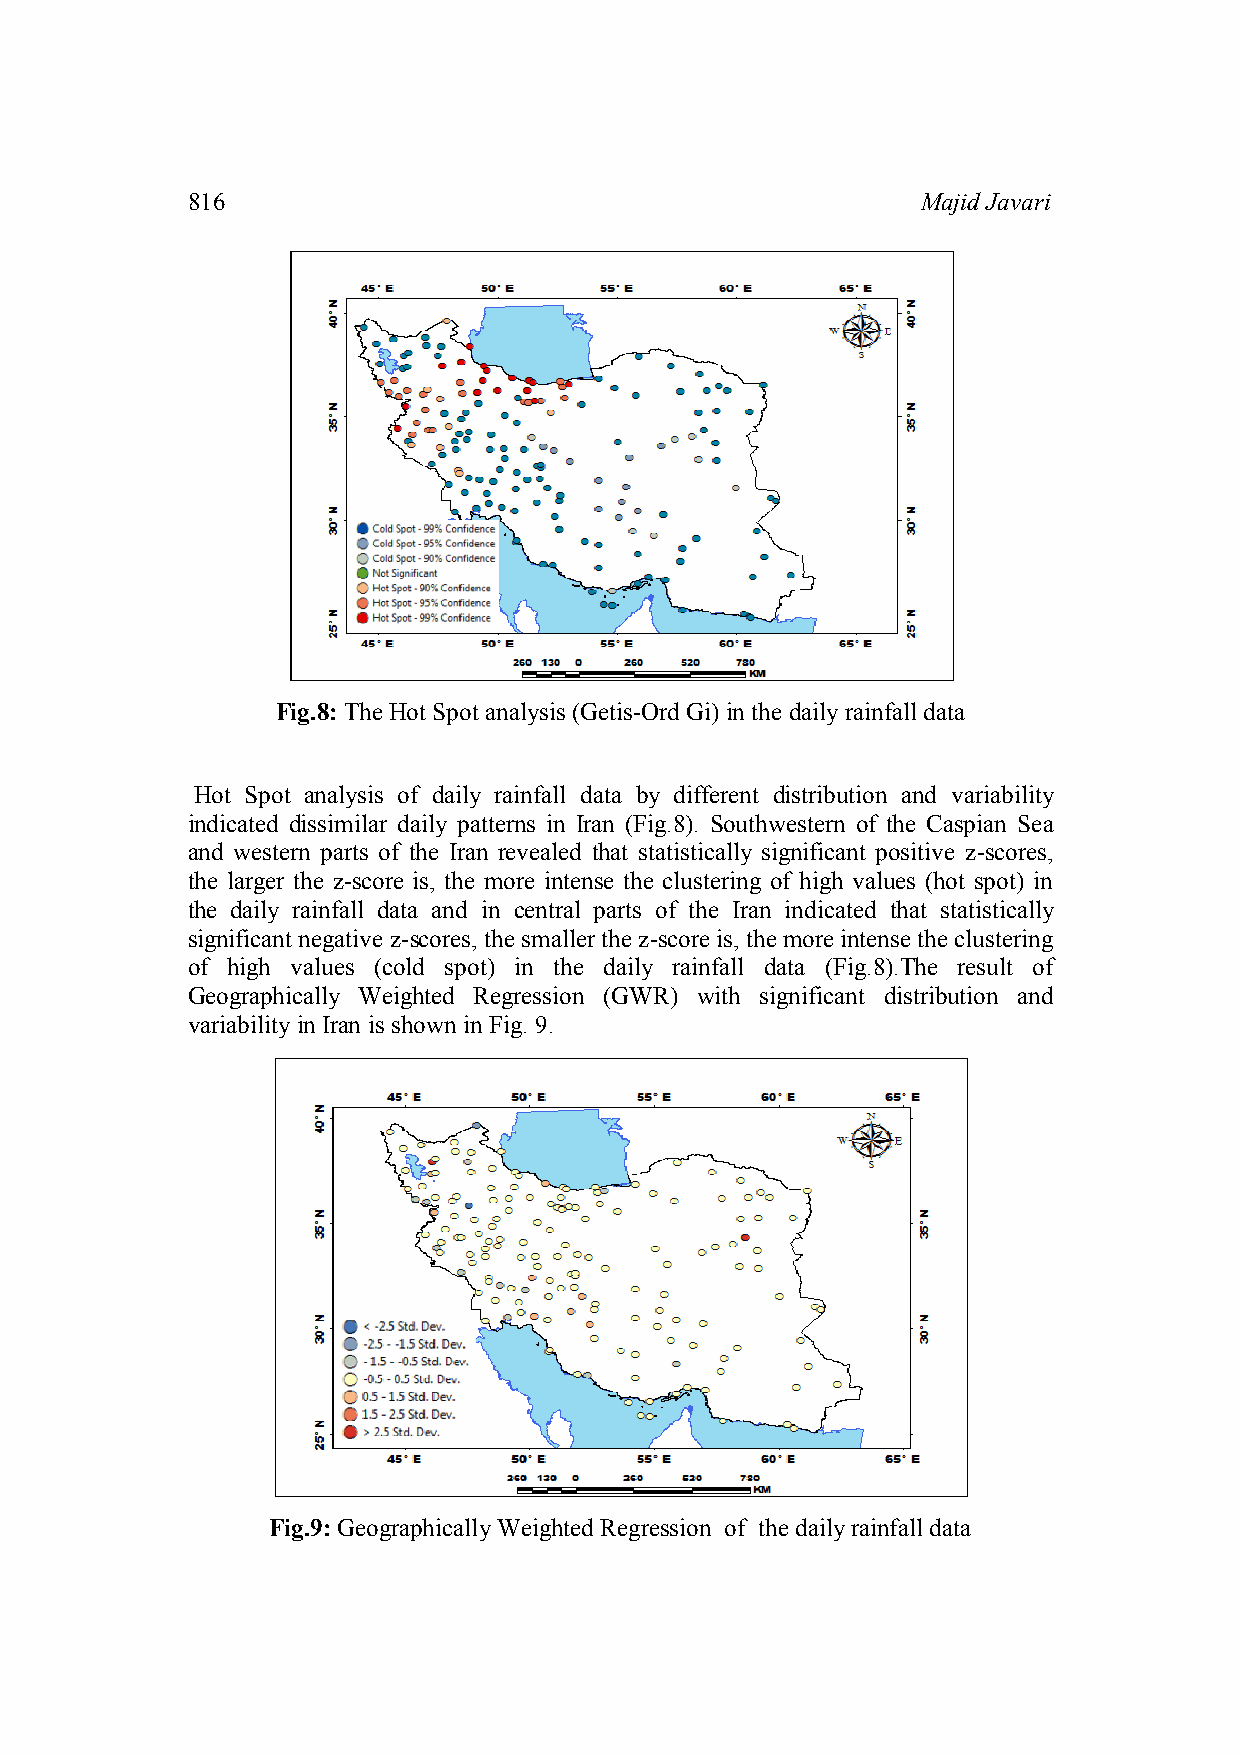
816                                              Majid Javari
 Fig.8: The Hot Spot analysis (Getis-Ord Gi) in the daily rainfall data
 Hot Spot analysis of daily rainfall data by different distribution and variability
 indicated dissimilar daily patterns in Iran (Fig.8). Southwestern of the Caspian Sea
 and western parts of the Iran revealed that statistically significant positive z-scores,
 the larger the z-score is, the more intense the clustering of high values (hot spot) in
 the daily rainfall data and in central parts of the Iran indicated that statistically
 significant negative z-scores, the smaller the z-score is, the more intense the clustering
 of high values (cold spot) in the daily rainfall data (Fig.8).The result of
 Geographically Weighted Regression (GWR) with significant distribution and
 variability in Iran is shown in Fig. 9.
 Fig.9: Geographically Weighted Regression of the daily rainfall data